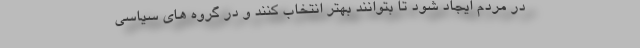
در مردم ایجاد شود تا بتوانند بهتر انتخاب کنند و در گروه های سیاسی